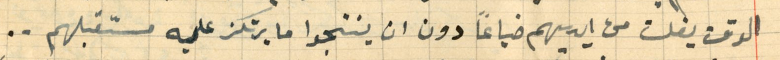
الوقت يفلت من ايديهم ضياعاً دون ان ينتجوا ما يرتكز عليه مستقبلهم..